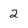
Character: 2